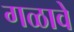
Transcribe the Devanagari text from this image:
गळावे